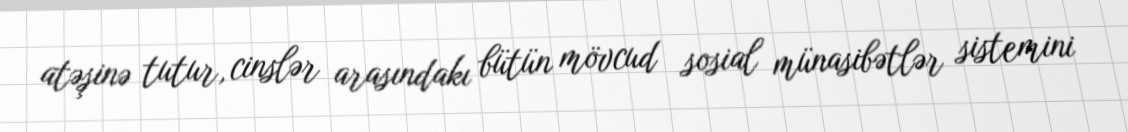
atəşinə tutur, cinslər arasındakı bütün mövcud sosial münasibətlər sistemini